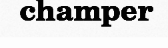
champer